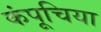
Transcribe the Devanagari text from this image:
कंपूचिया